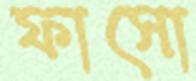
ফাসো